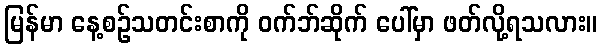
မြန်မာ နေ့စဉ်သတင်းစာကို ဝက်ဘ်ဆိုက် ပေါ်မှာ ဖတ်လို့ရသလား။